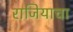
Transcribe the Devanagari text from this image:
राजियाचा